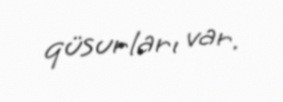
qüsurları var.